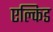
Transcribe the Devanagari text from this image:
एल्किड